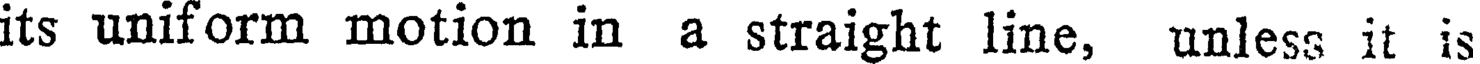
its uniform motion in a straight line, unless it is